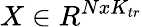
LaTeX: X\in R^{NxK_{tr}}